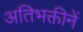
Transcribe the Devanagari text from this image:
अतिभक्तीनें